Report of the Indian Hemp Drugs Commission, 1894-1895 - Volume VI
Year: 1894
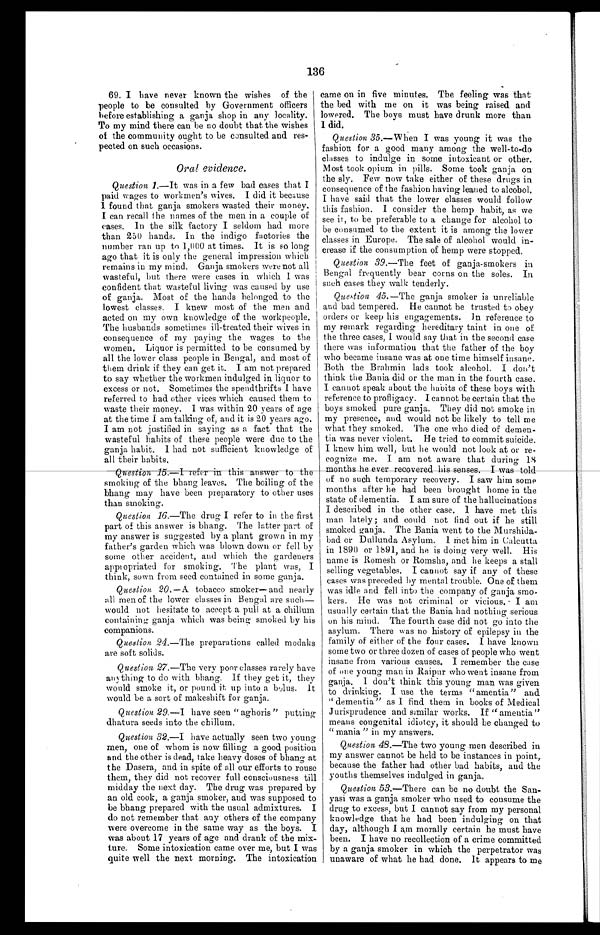
136
69. I have never known the wishes of the
people to be consulted by Government officers
before establishing a ganja shop in any locality.
To my mind there can be no doubt that the wishes
of the community ought to be consulted and res-
pected on such occasions.
Oral evidence.
Question 1. —It was in a few bad cases that I
paid wages to workmen's wives. I did it because
I f o u n d t h a t g a n j a s m o k e r s w a s t e d t h e i r m o n e y .
I can recall the names of the men in a couple of
c a s e s . I n t h e s i l k f a c t o r y I s e l d o m h a d m o r e
than 250 hands. In the indigo factories the
number ran up to 1,000 at times. It is so long
ago that it is only the general impression which
remains in my mind. Ganja smokers were not all
wasteful, but there were cases in which I was
confident that wasteful living was caused by use
of ganja. Most of the hands belonged to the
lowest classes. I knew most of the men and
acted on my own knowledge of the workpeople.
The husbands sometimes ill-treated their wives in
consequence of my paying the wages to the
women. Liquor is permitted to be consumed by
all the lower class people in Bengal, and most of
them drink if they can get it. I am not prepared
to say whether the workmen indulged in liquor to
excess or not. Sometimes the spendthrifts I have
referred to had other vices which caused them to
waste their money. I was within 20 years of age
at the time I am talking of, and it is 20 years ago.
I am not justified in saying as a fact that the
wasteful habits of these people were due to the
ganja habit. I had not sufficient knowledge of
all their habits,
Question 15.— I refer in this
smoking of the bhang leaves. The boiling of the
bhang may have been preparatory to other uses
than smoking.
Question 16.—The drug I refer to in the first
part of this answer is bhang. The latter part of
my answer is suggested by a plant grown in my
father's garden which was blown down or fell by
some other accident, and which the gardeners
appropriated for smoking. The plant was, I
think, sown from seed contained in some ganja.
Question 20.— A tobacco smoker— and nearly
all men of the lower classes in Bengal are such—
would not hesitate to accept a pull at a chillum
containing ganja which was being' smoked by his
companions.
Question 24. —The preparations called modaks
are soft solids.
Question 27.—The very poor classes rarely have
anything to do with bhang. If they get it, they
would smoke it, or pound it up into a bolus. It
would be a sort of makeshift for ganja.
Question 29. —I have seen " aghoris" putting
dhatura seeds into the chillum.
Question 32. —I have actually seen two young
men, one of whom is now filling a good position
and the other is dead, take heavy doses of bhang at
the Dasera, and in spite of all our efforts to rouse
them, they did not recover full consciousness till
midday the next day. The drug was prepared by
an old cook, a ganja smoker, and was supposed to
be bhang prepared with the usual admixtures. I
do not remember that any others of the company
were overcome in the same way as the boys. I
was about 17 years of age and drank of the mix-
ture. Some intoxication came over me, but I was
quite well the next morning. The intoxication
came on in five minutes. The feeling was that
the bed with me on it was being raised and.
lowered. The boys must have drunk more than
I did.
Question 35. —When I was young it was the
fashion for a good many among the well-to-do
classes to indulge in some intoxicant or other.
Most took opium in pills. Some took ganja on
the sly. Few now take either of these drugs in
consequence of the fashion having leaned to alcohol.
I have said that the lower classes would follow
this fashion. I consider the hemp habit, as we
see it, to be preferable to a change for alcohol to
be consumed to the extent it is among the lower
classes in Europe. The sale of alcohol would in-
crease if the consumption of hemp were stopped.
Question 39.—The feet of ganja-smokers in
Bengal frequently bear corns on the soles. In
such cases they walk tenderly.
Question 45. —The ganja smoker is unreliable
and bad tempered. He cannot be trusted to obey
orders or keep his engagements. In reference to
my remark regarding hereditary taint in one of
the three cases, I would say that in the second case
there was information that the father of the boy
who became insane was at one time himself insane.
Both the Brahmin lads took alcohol. I don't
think the Bania did or the man in the fourth case.
I cannot speak about the habits of these boys with
reference to profligacy. I cannot be certain that the
boys smoked pure ganja. They did not smoke in
my presence, and would not be likely to tell me
what they smoked. The one who died of demen-
tia was never violent. He tried to commit suicide.
I knew him well, but lie would not look at or re-
cognize me. I am not aware that during 18
months he ever recovered his senses. I was told
of no such temporary recovery. I saw him some
months after he had been brought home in the
state of dementia. I am sure of the hallucinations
I described in the other case. I have met this
man lately; and could not find out if he still
smoked ganja. The Bania went to the Murshida-
bad or Dullunda Asylum. I met him in Calcutta
in 1890 or 1891, and he is doing very well. His
name is Romesh or Romsha, and lie keeps a stall
selling vegetables. I cannot say if any of these
cases was preceded by mental trouble. One of them
was idle and fell into the company of ganja smo-
kers. He was not criminal or vicious. I am
usually certain that the Bania had nothing serious
on his mind. The fourth case did not go into the
asylum. There was no history of epilepsy in the
family of either of the four cases. I have known
some two or three dozen of cases of people who went
insane from various causes. I remember the case
of one young man in Raipur who went insane from
ganja. I don't think this young man was given
to drinking. I use the terms "amentia" and
"dementia" as I find them in books of Medical
Jurisprudence and similar works. If " amentia"
means congenital idiotcy, it should be changed to
" mania " in my answers.
Question 48. —The two young men described in
my answer cannot be held to be instances in point,.
because the father had other bad habits, and the
youths themselves indulged in ganja,
Question 53. —There can be no doubt the San-
yasi was a ganja smoker who used to consume the
drug to excess, but I cannot say from my personal
knowledge that he had been indulging on that
day, although I am morally certain he must have
been. I have no recollection of a crime committed
by a ganja smoker in which the perpetrator was
unaware of what he bad done. It appears to me